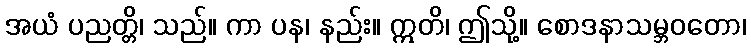
အယံ ပညတ္တိ၊ သည်။ ကာ ပန၊ နည်း။ ဣတိ၊ ဤသို့။ စောဒနာသမ္ဘဝတော၊